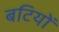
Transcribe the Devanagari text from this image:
बटियों